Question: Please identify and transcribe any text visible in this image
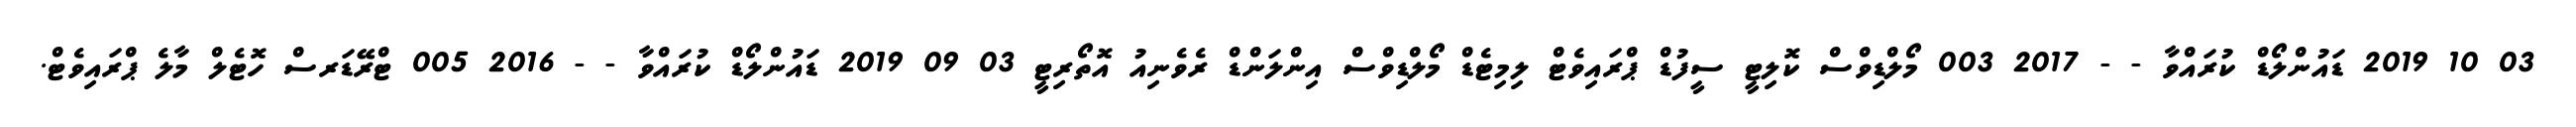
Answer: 03 10 2019 ޑައުންލޯޑް ކުރައްވާ - - 2017 003 މޯލްޑިވްސް ކޮލިޓީ ސީފުޑް ޕްރައިވެޓް ލިމިޓެޑް މޯލްޑިވްސް އިންލަންޑް ރެވެނިއު އޮތޯރިޓީ 03 09 2019 ޑައުންލޯޑް ކުރައްވާ - - 2016 005 ޓްރޭޑަރސް ހޮޓެލް މާލެ ޕްރައިވެޓް.